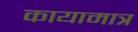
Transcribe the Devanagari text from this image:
कायामात्र